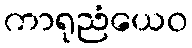
ကာရုညံယေဝ